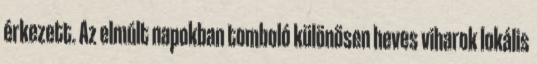
érkezett. Az elmúlt napokban tomboló különösen heves viharok lokális